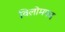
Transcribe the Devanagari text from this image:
विलोमपद